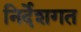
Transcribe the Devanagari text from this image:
निर्देशगत